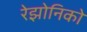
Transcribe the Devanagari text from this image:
रेझोनिको